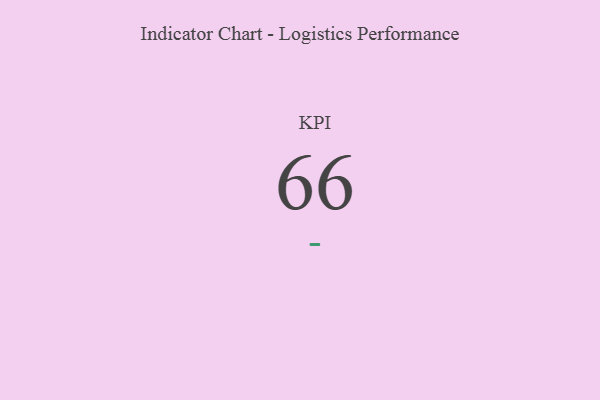
{"axis": {"x": "KPI", "y": "Value"}, "legend": [""], "data": [{"x": "KPI", "y": 66, "type": ""}]}